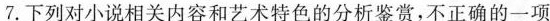
7.下列对小说相关内容和艺术特色的分析鉴赏，不正确的一项